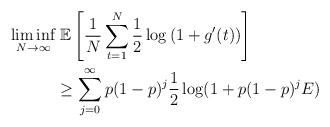
LaTeX: \begin{align*}\liminf_{N \to \infty} & \; \mathbb{E} \left[ \frac{1}{N} \displaystyle\sum\limits_{t = 1}^N \frac{1}{2} \log\left( 1 + g^\prime(t)\right) \right] \\& \ge \displaystyle\sum\limits_{j = 0}^{\infty} p(1-p)^j \frac{1}{2} \log(1 + p(1-p)^j E) \end{align*}